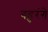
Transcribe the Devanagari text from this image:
बहुरंगे